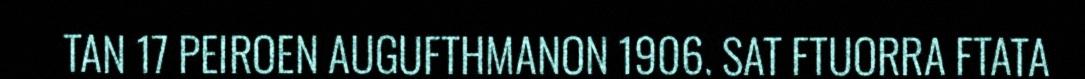
TAN 17 PEIROEN AUGUFTHMANON 1906. SAT FTUORRA FTATA